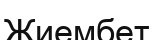
Жиембет